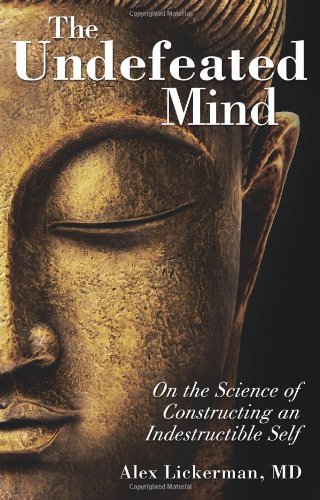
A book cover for The Undefeated Mind: On the Science of Constructing an Indestructible Self; Alex Lickerman  MD; Self-Help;